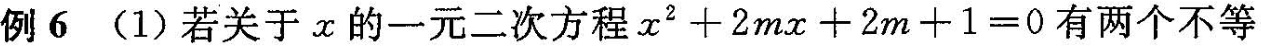
例6(1)若关于x的一元二次方程$$x ^ { 2 } + 2 m x + 2 m + 1 = 0$$有两个不等